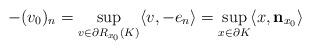
LaTeX: \begin{align*}-(v_0)_n&= \sup_{v \in \partial R_{x_0}(K)} \langle v, -e_n\rangle=\sup_{x \in \partial K} \langle x, \mathbf{n}_{x_0} \rangle\end{align*}